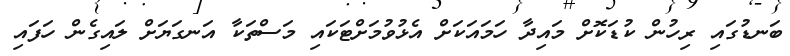
ބަނޑުގައި ރިހުން ކުޑަކޮށް މައިދާ ހަމައަކަށް އެޅުވުމަށްޓަކައި މަސްތަކާ އަނގަޔަށް ލައިގެން ހަފައި